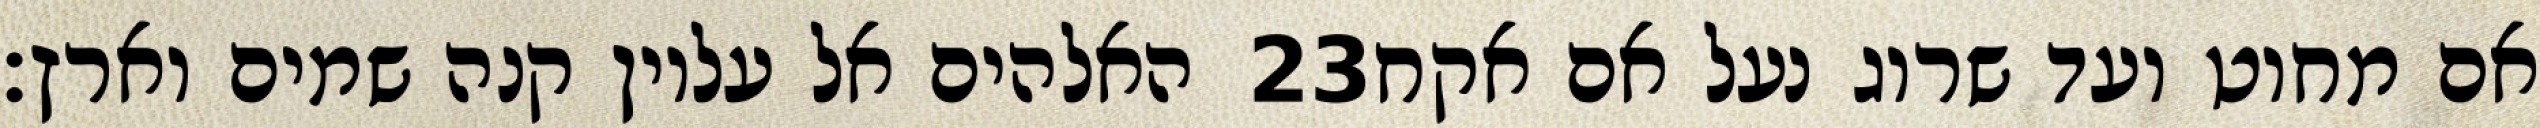
האלהים אל עליון קנה שמים וארץ׃ ‎23‏ אם מחוט ועד שרוג נעל אם אקח